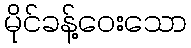
မိုင်ခန့်ဝေးသော